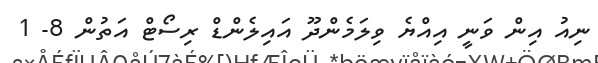
ނިއު އިން ވަނީ އިއްޔެ ވިލަމެންދޫ އައިލެންޑް ރިސޯޓް އަތުން 8- 1